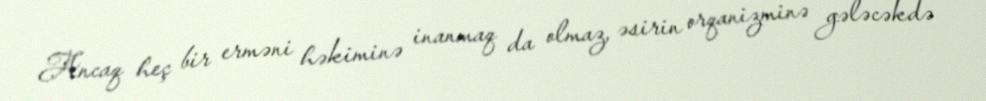
Ancaq heç bir erməni həkiminə inanmaq da olmaz, əsirin orqanizminə gələcəkdə